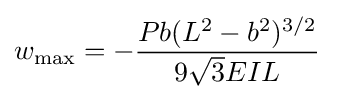
w_{\mathrm {max} }=-{\dfrac {Pb(L^{2}-b^{2})^{3/2}}{9{\sqrt {3}}EIL}}~